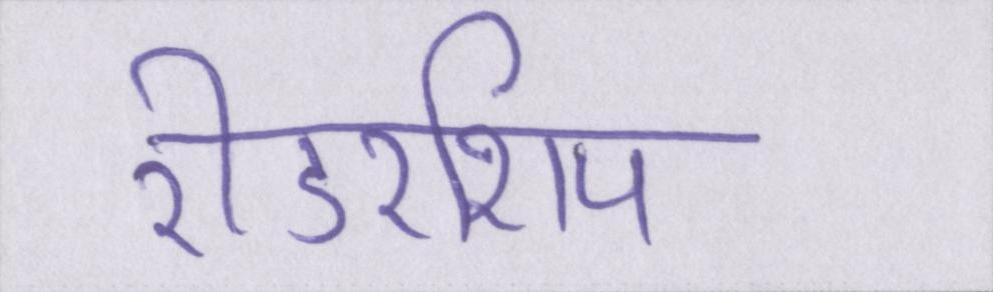
रीडरशिप